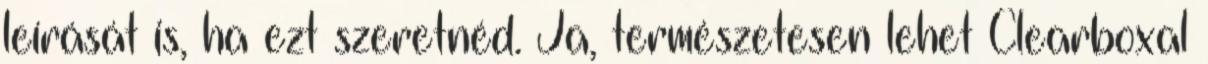
leírását is, ha ezt szeretnéd. Ja, természetesen lehet Clearboxal